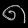
Digit: ၈